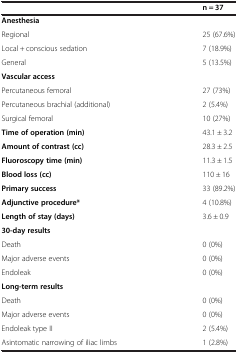
<table><thead><tr><td><b> </b></td><td><b>n = 37</b></td></tr></thead><tbody><tr><td><b>Anesthesia</b></td><td> </td></tr><tr><td>Regional</td><td>25 (67.6%)</td></tr><tr><td>Local + conscious sedation</td><td>7 (18.9%)</td></tr><tr><td>General</td><td>5 (13.5%)</td></tr><tr><td><b>Vascular access</b></td><td> </td></tr><tr><td>Percutaneous femoral</td><td>27 (73%)</td></tr><tr><td>Percutaneous brachial (additional)</td><td>2 (5.4%)</td></tr><tr><td>Surgical femoral</td><td>10 (27%)</td></tr><tr><td><b>Time of operation (min)</b></td><td>43.1 ± 3.2</td></tr><tr><td><b>Amount of contrast (cc)</b></td><td>28.3 ± 2.5</td></tr><tr><td><b>Fluoroscopy time (min)</b></td><td>11.3 ± 1.5</td></tr><tr><td><b>Blood loss (cc)</b></td><td>110 ± 16</td></tr><tr><td><b>Primary success</b></td><td>33 (89.2%)</td></tr><tr><td><b>Adjunctive procedure*</b></td><td>4 (10.8%)</td></tr><tr><td><b>Length of stay (days)</b></td><td>3.6 ± 0.9</td></tr><tr><td><b>30-day results</b></td><td> </td></tr><tr><td>Death</td><td>0 (0%)</td></tr><tr><td>Major adverse events</td><td>0 (0%)</td></tr><tr><td>Endoleak</td><td>0 (0%)</td></tr><tr><td><b>Long-term results</b></td><td> </td></tr><tr><td>Death</td><td>0 (0%)</td></tr><tr><td>Major adverse events</td><td>0 (0%)</td></tr><tr><td>Endoleak type II</td><td>2 (5.4%)</td></tr><tr><td>Asintomatic narrowing of iliac limbs</td><td>1 (2.8%)</td></tr></tbody></table>